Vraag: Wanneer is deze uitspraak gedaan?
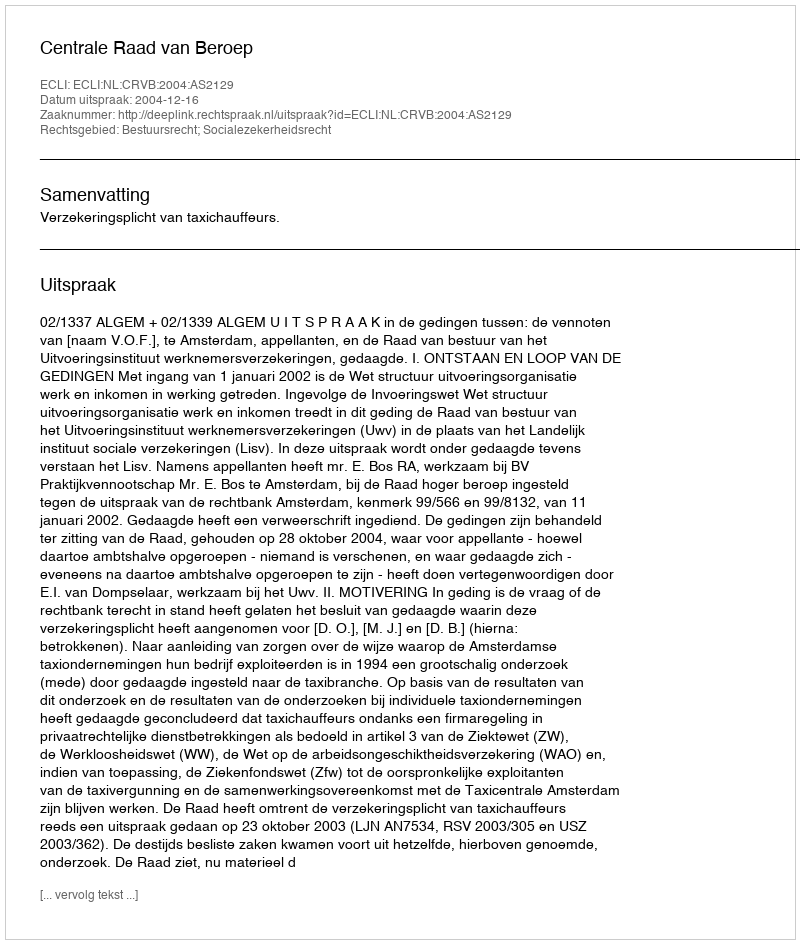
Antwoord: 2004-12-16